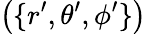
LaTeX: \big(\{ r^{\prime},\theta^{\prime},\phi^{\prime}\} \big)